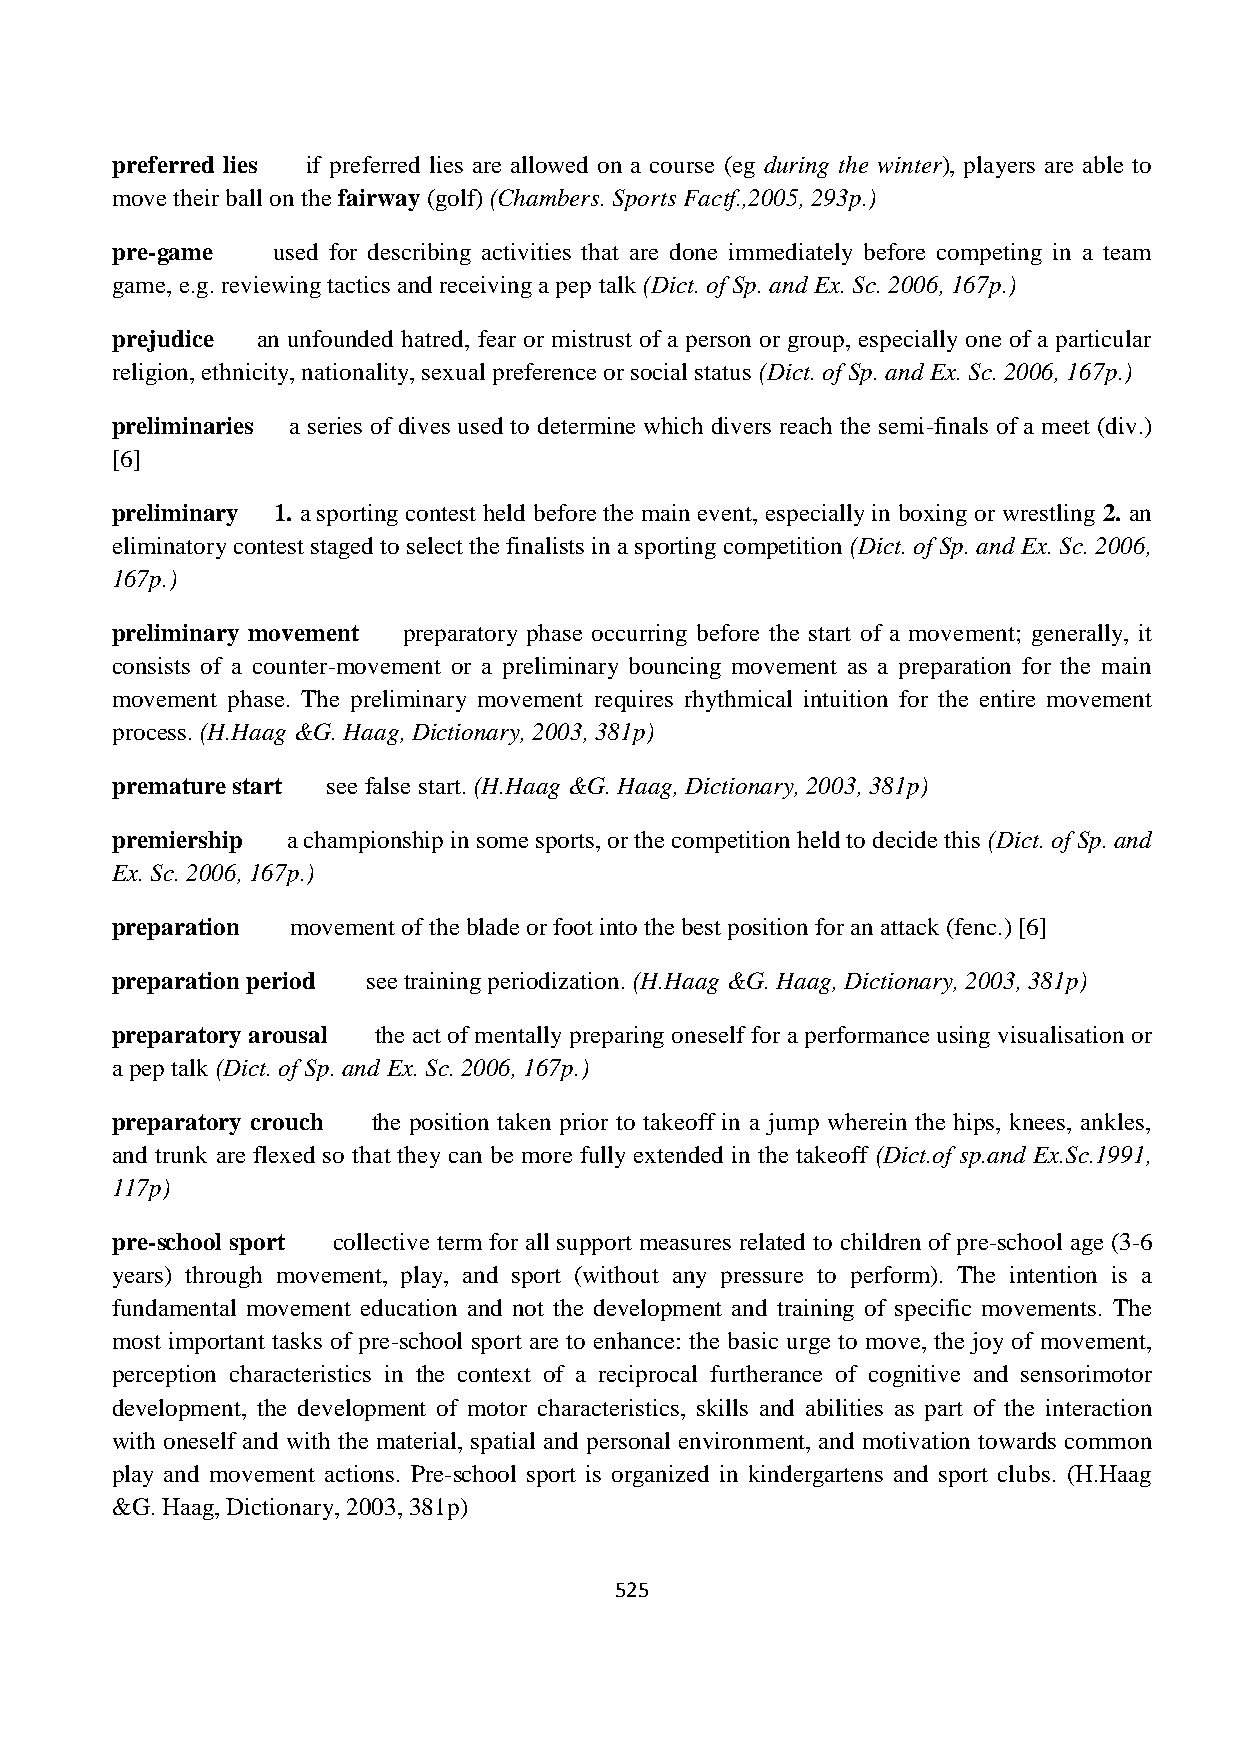
preferred lies if preferred lies are allowed on a course (eg during the winter), players are able to
 move their ball on the fairway (golf) (Chambers. Sports Factf.,2005, 293p.)
 pre-game   used for describing activities that are done immediately before competing in a team
 game, e.g. reviewing tactics and receiving a pep talk (Dict. of Sp. and Ex. Sc. 2006, 167p.)
 prejudice an unfounded hatred, fear or mistrust of a person or group, especially one of a particular
 religion, ethnicity, nationality, sexual preference or social status (Dict. of Sp. and Ex. Sc. 2006, 167p.)
 preliminaries a series of dives used to determine which divers reach the semi-finals of a meet (div.)
 [6]
 preliminary 1. a sporting contest held before the main event, especially in boxing or wrestling 2. an
 eliminatory contest staged to select the finalists in a sporting competition (Dict. of Sp. and Ex. Sc. 2006,
 167p.)
 preliminary movement preparatory phase occurring before the start of a movement; generally, it
 consists of a counter-movement or a preliminary bouncing movement as a preparation for the main
 movement phase. The preliminary movement requires rhythmical intuition for the entire movement
 process. (H.Haag &G. Haag, Dictionary, 2003, 381p)
 premature start see false start. (H.Haag &G. Haag, Dictionary, 2003, 381p)
 premiership a championship in some sports, or the competition held to decide this (Dict. of Sp. and
 Ex. Sc. 2006, 167p.)
 preparation movement of the blade or foot into the best position for an attack (fenc.) [6]
 preparation period see training periodization. (H.Haag &G. Haag, Dictionary, 2003, 381p)
 preparatory arousal the act of mentally preparing oneself for a performance using visualisation or
 a pep talk (Dict. of Sp. and Ex. Sc. 2006, 167p.)
 preparatory crouch the position taken prior to takeoff in a jump wherein the hips, knees, ankles,
 and trunk are flexed so that they can be more fully extended in the takeoff (Dict.of sp.and Ex.Sc.1991,
 117p)
 pre-school sport collective term for all support measures related to children of pre-school age (3-6
 years) through movement, play, and sport (without any pressure to perform). The intention is a
 fundamental movement education and not the development and training of specific movements. The
 most important tasks of pre-school sport are to enhance: the basic urge to move, the joy of movement,
 perception characteristics in the context of a reciprocal furtherance of cognitive and sensorimotor
 development, the development of motor characteristics, skills and abilities as part of the interaction
 with oneself and with the material, spatial and personal environment, and motivation towards common
 play and movement actions. Pre-school sport is organized in kindergartens and sport clubs. (H.Haag
 &G. Haag, Dictionary, 2003, 381p)
 525